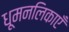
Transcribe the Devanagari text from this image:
धूमनलिकाएँ